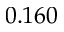
0 . 1 6 0